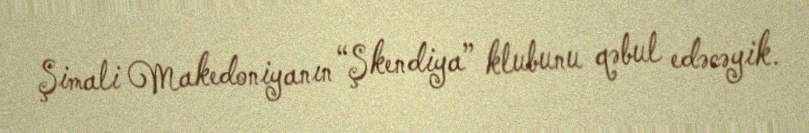
Şimali Makedoniyanın “Şkendiya” klubunu qəbul edəcəyik.